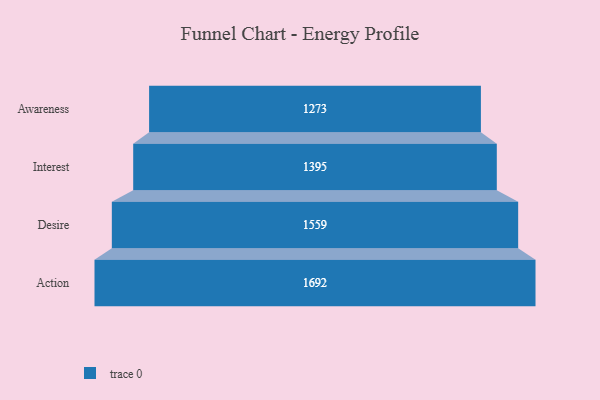
{"axis": {"x": "Stage", "y": "Value"}, "legend": [""], "data": [{"x": "Awareness", "y": 1273.0, "type": ""}, {"x": "Interest", "y": 1395.0, "type": ""}, {"x": "Desire", "y": 1559.0, "type": ""}, {"x": "Action", "y": 1692.0, "type": ""}]}